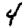
Digit: 4